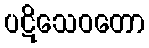
ပဋိသေဝတော